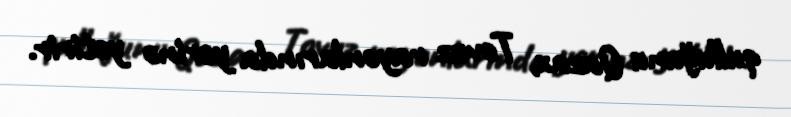
qulluğunu Qazax, Tovuz rayonlarında yerinə yetirir.